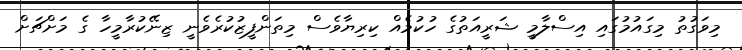
މިވަގުތު މިގައުމުގައި އިސްލާމީ ޝަރީއަތުގެ ހުކުމެއް ކިރިޔާވެސް މިތަންފީޒުކުރެވެނީ ޒިނޭކުރާމީހާ ގެ މަށްޗަށް